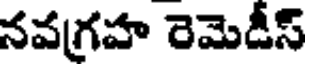
నవగ్రహ రెమెడీస్